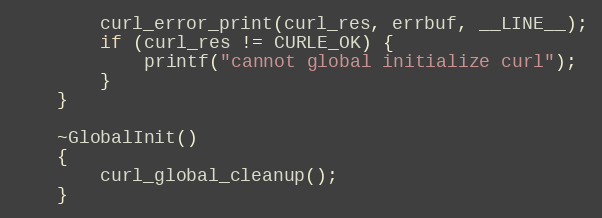
Language: C++
		curl_error_print(curl_res, errbuf, __LINE__);
		if (curl_res != CURLE_OK) {
			printf("cannot global initialize curl");
		}
	}

	~GlobalInit()
	{
		curl_global_cleanup();
	}